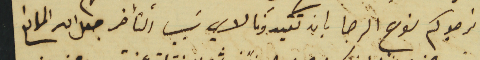
نرجوكم نوع الرجا بان تقيدونا لاي سَبب التأخر جعل الله المانع